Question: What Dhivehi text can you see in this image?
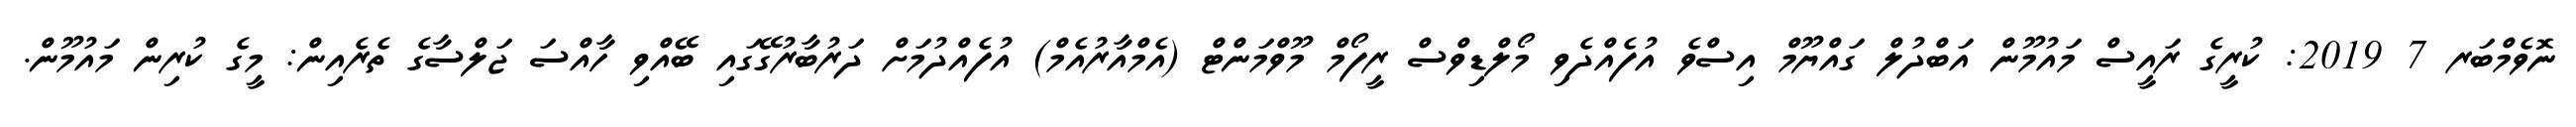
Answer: ނޮވެމްބަރ 7 2019: ކުރީގެ ރައީސް މައުމޫން އަބްދުލް ގައްޔޫމް އިސްވެ އުފެއްދެވި މޯލްޑިވްސް ރީފޯމް މޫވްމަންޓް (އެމްއާރުއެމް) އުފެއްދުމަށް ދަރުބާރުގޭގައި ބޭއްވި ހާއްސަ ޖަލްސާގެ ތެރެއިން: މީގެ ކުރިން މައުމޫން.